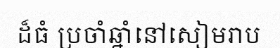
ដ៏ធំ ប្រចាំឆ្នាំនៅសៀមរាប